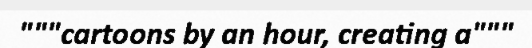
"""cartoons by an hour, creating a"""